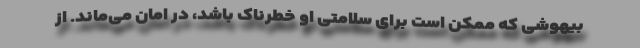
بیهوشی که ممکن است برای سلامتی او خطرناک باشد، در امان می‌ماند. از